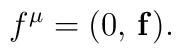
f^{\mu }=(0,\,{\bf f}).